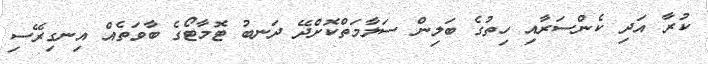
ކުރާ އަދި ކެންސަރާއި ހިތުގެ ބަލިން ސަލާމަތްކޮށްދޭ ދަނބު ޓޮމާޓޯގެ ބާވަތެއް އިނގިރޭސި